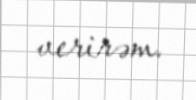
verirəm.